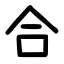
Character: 合